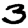
Digit: 3